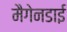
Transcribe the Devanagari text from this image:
मैगेनडाई